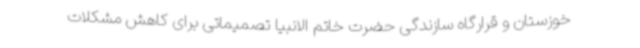
خوزستان و قرارگاه سازندگی حضرت خاتم الانبیا تصمیماتی برای کاهش مشکلات